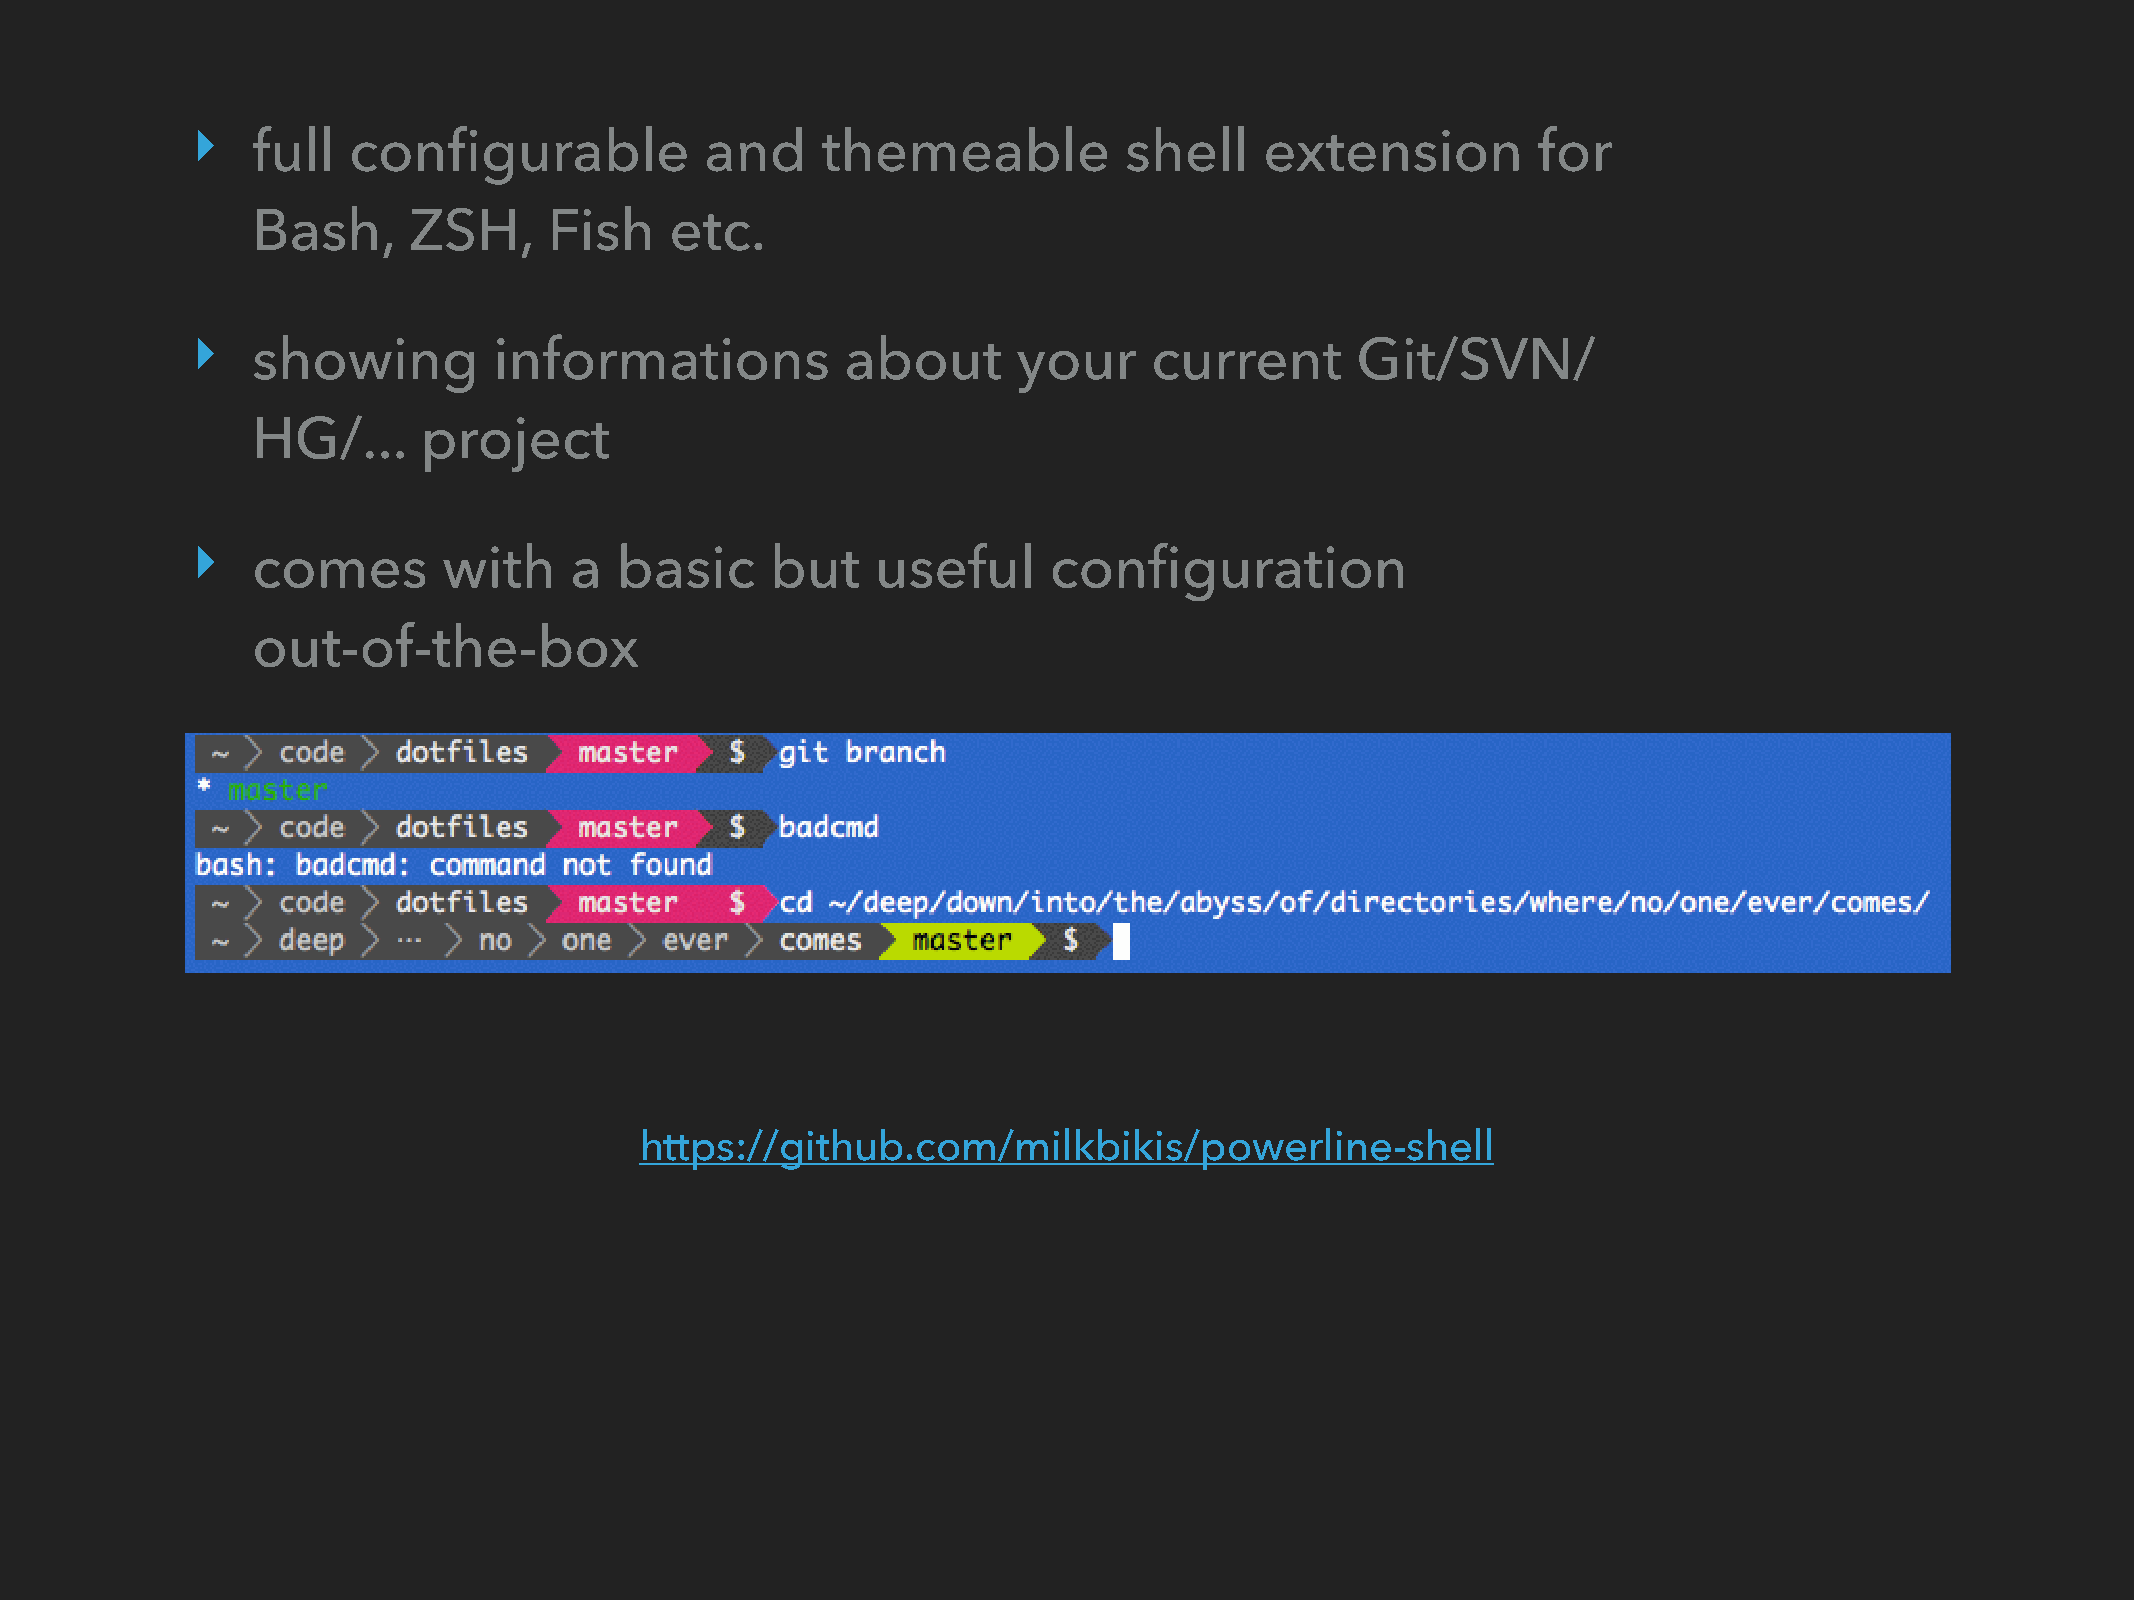
‣
 full  configurable            and    themeable           shell     extension         for
 Bash,     ZSH,     Fish    etc.
 ‣
 showing         informations           about      your     current       Git/SVN/
 HG/...     project
 ‣
 comes       with     a  basic     but    useful     configuration
 out-of-the-box
 https://github.com/milkbikis/powerline-shell